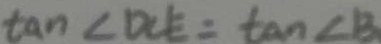
\tan \angle D C E = \tan \angle B